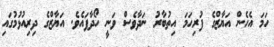
ހަމަ އެހެން އަޔާޒްގެ ފުރިހަމަ އިތުބާރު ނަދާވެސް ވަނީ ހޯދާފައެވެ. އަޔާޒްގެ ދިރިއުޅުމުގައި